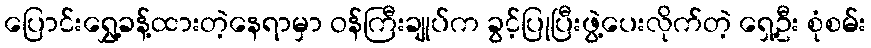
ပြောင်းရွှေ့ခန့်ထားတဲ့နေရာမှာ ဝန်ကြီးချုပ်က ခွင့်ပြုပြီးဖွဲ့ပေးလိုက်တဲ့ ရှေ့ဦး စုံစမ်း